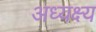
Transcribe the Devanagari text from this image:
अध्यक्ष्य